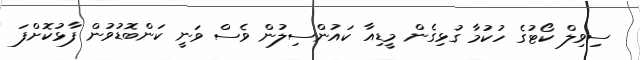
ސިވިލް ކޯޓުގެ ހުކުމާ ގުޅިގެން މީޑިއާ ކައުންސިލުން ވެސް ވަނީ ކަންބޮޑުވުން ފާޅުކޮށްފަ